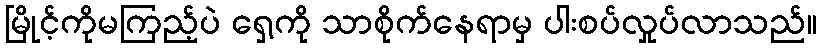
မြိုင့်ကိုမကြည့်ပဲ ရှေ့ကို သာစိုက်နေရာမှ ပါးစပ်လှုပ်လာသည်။